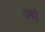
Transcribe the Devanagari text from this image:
उम्नो